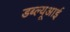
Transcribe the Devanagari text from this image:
डब्ल्यूआई